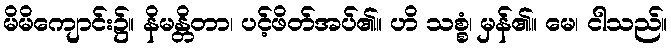
မိမိကျောင်း၌။ နိမန္တိတာ၊ ပင့်ဖိတ်အပ်၏။ ဟိ သစ္စံ၊ မှန်၏။ မေ၊ ငါသည်။